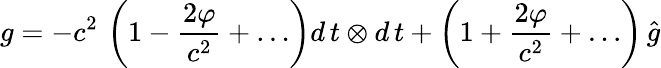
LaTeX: g=-c^{2}\, \left(1-\frac{2\varphi}{c^{2}}+\ldots\right)d\, t\otimes d\, t+\left(1+\frac{2\varphi}{c^{2}}+\dots\right)\, \hat{g}